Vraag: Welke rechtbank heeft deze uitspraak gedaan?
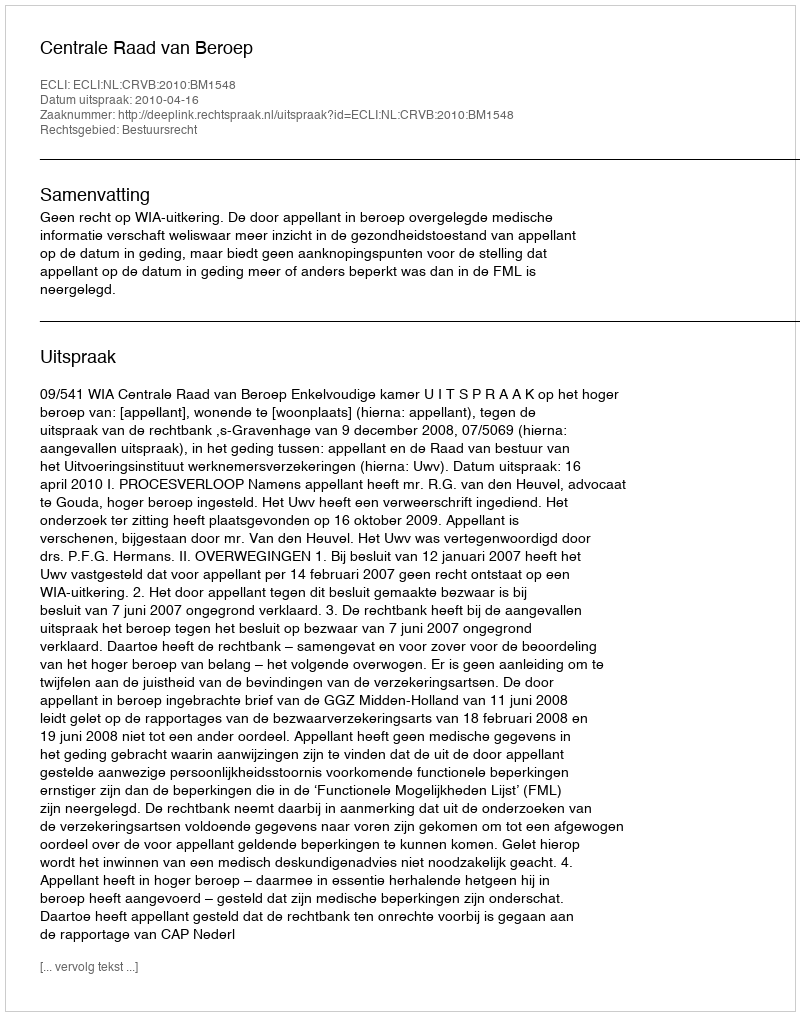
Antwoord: Centrale Raad van Beroep